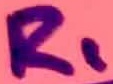
Text: R1